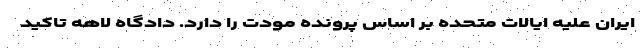
ایران علیه ایالات متحده بر اساس پرونده مودت را دارد. دادگاه لاهه تاکید